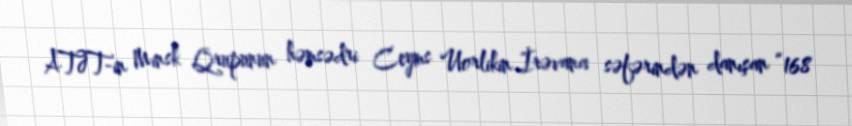
ATƏT-in Minsk Qrupunun həmsədri Ceyms Uorlikin İrəvana səfərindən danışan “168